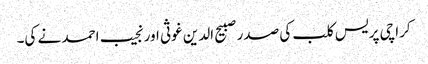
کراچی پریس کلب کی صدر صبیح الدین غوثی اور نجیب احمد نے کی۔